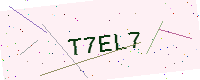
Text: T7EL7